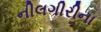
નીલગીરીના